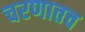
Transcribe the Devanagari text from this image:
चरणातच